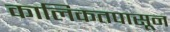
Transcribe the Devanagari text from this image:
कालिकतपासून